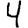
Digit: 4